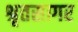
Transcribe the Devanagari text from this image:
श्रृतसागर